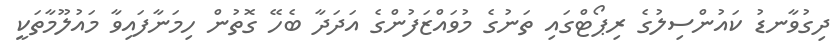
ދިގުވާނޑު ކައުންސިލުގެ ރިޕޯޓްގައި ތަނުގެ މުވައްޒަފުންގެ އަދަދާ ބެހޭ ގޮތުން ހިމަނާފައިވާ މައުލޫމާތަކީ